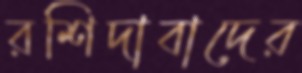
রশিদাবাদের